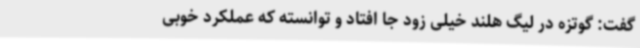
گفت: گوتزه در لیگ هلند خیلی زود جا افتاد و توانسته که عملکرد خوبی